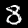
Label: 8